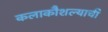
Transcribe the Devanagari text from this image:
कलाकौशल्याची